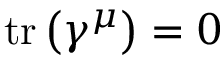
\operatorname { t r } \left( \gamma ^ { \mu } \right) = 0